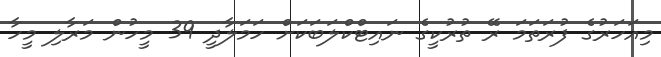
މިއަހަރުގެ ފުރަތަމަ ރޭ ތުރުކީގެ ނައިޓްކްލަބަކަށް ހަމަލާދީ 39 މީހުން މަރާލި މީހާ